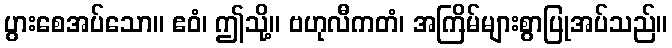
ပွားစေအပ်သော။ ဧဝံ၊ ဤသို့။ ဗဟုလီကတံ၊ အကြိမ်များစွာပြုအပ်သည်။